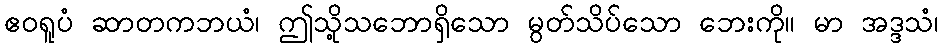
ဧဝရူပံ ဆာတကဘယံ၊ ဤသို့သဘောရှိသော မွတ်သိပ်သော ဘေးကို။ မာ အဒ္ဒသံ၊